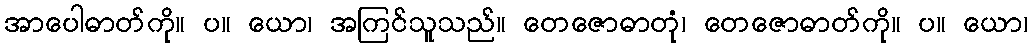
အာပေါဓာတ်ကို။ ပ။ ယော၊ အကြင်သူသည်။ တေဇောဓာတုံ၊ တေဇောဓာတ်ကို။ ပ။ ယော၊